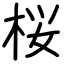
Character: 桜